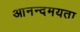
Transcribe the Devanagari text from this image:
आनन्दमयता